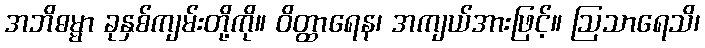
အဘိဓမ္မာ ခုနှစ်ကျမ်းတို့ကို။ ဝိတ္ထာရေန၊ အကျယ်အားဖြင့်။ ဩသာရေသိ၊